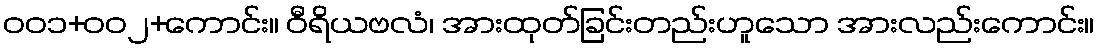
ဝဝ၁+ဝဝ၂+ကောင်း။ ဝီရိယဗလံ၊ အားထုတ်ခြင်းတည်းဟူသော အားလည်းကောင်း။